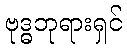
ဗုဒ္ဓဘုရားရှင်